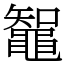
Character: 鼅